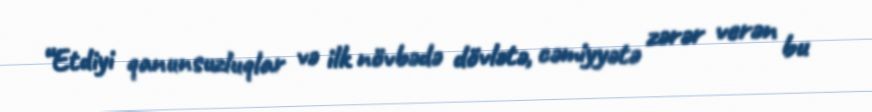
“Etdiyi qanunsuzluqlar və ilk növbədə dövlətə, cəmiyyətə zərər verən bu